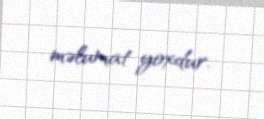
məlumat yoxdur.